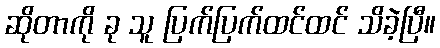
ဆိုတာကို ခု သူ ပြက်ပြက်ထင်ထင် သိခဲ့ပြီ။